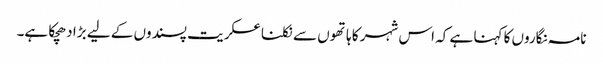
نامہ نگاروں کا کہنا ہے کہ اس شہر کا ہاتھوں سے نکلنا عسکریت پسندوں کے لیے بڑا دھچکا ہے۔